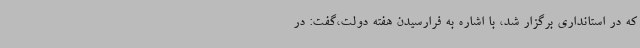
که در استانداری برگزار شد، با اشاره به فرارسیدن هفته دولت،گفت: در